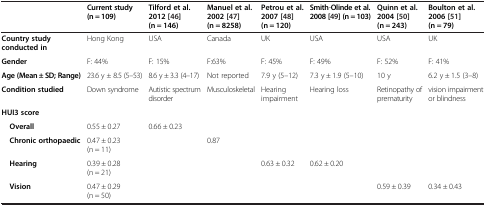
<table><thead><tr><td></td><td><b>Current study(n = 109)</b></td><td><b>Tilford et al. 2012 [46] (n = 146)</b></td><td><b>Manuel et al. 2002 [47] (n = 8258)</b></td><td><b>Petrou et al. 2007 [48] (n = 120)</b></td><td><b>Smith-Olinde et al. 2008 [49] (n = 103)</b></td><td><b>Quinn et al. 2004 [50] (n = 243)</b></td><td><b>Boulton et al. 2006 [51] (n = 79)</b></td></tr></thead><tbody><tr><td><b>Country study conducted in</b></td><td>Hong Kong</td><td>USA</td><td>Canada</td><td>UK</td><td>USA</td><td>USA</td><td>UK</td></tr><tr><td><b>Gender</b></td><td>F: 44%</td><td>F: 15%</td><td>F:63%</td><td>F: 45%</td><td>F: 49%</td><td>F: 52%</td><td>F: 41%</td></tr><tr><td><b>Age (Mean ± SD; Range)</b></td><td>23.6 y ± 8.5 (5–53)</td><td>8.6 y ± 3.3 (4–17)</td><td>Not reported</td><td>7.9 y (5–12)</td><td>7.3 y ± 1.9 (5–10)</td><td>10 y</td><td>6.2 y ± 1.5 (3–8)</td></tr><tr><td><b>Condition studied</b></td><td>Down syndrome</td><td>Autistic spectrum disorder</td><td>Musculoskeletal</td><td>Hearing impairment</td><td>Hearing loss</td><td>Retinopathy of prematurity</td><td>vision impairment or blindness</td></tr><tr><td><b>HUI3 score</b></td><td></td><td></td><td></td><td></td><td></td><td></td><td></td></tr><tr><td> <b>Overall</b></td><td>0.55 ± 0.27</td><td>0.66 ± 0.23</td><td></td><td></td><td></td><td></td><td></td></tr><tr><td> <b>Chronic orthopaedic</b></td><td>0.47 ± 0.23 (n = 11)</td><td></td><td>0.87</td><td></td><td></td><td></td><td></td></tr><tr><td> <b>Hearing</b></td><td>0.39 ± 0.28 (n = 21)</td><td></td><td></td><td>0.63 ± 0.32</td><td>0.62 ± 0.20</td><td></td><td></td></tr><tr><td> <b>Vision</b></td><td>0.47 ± 0.29 (n = 50)</td><td></td><td></td><td></td><td></td><td>0.59 ± 0.39</td><td>0.34 ± 0.43</td></tr></tbody></table>